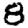
Digit: 8